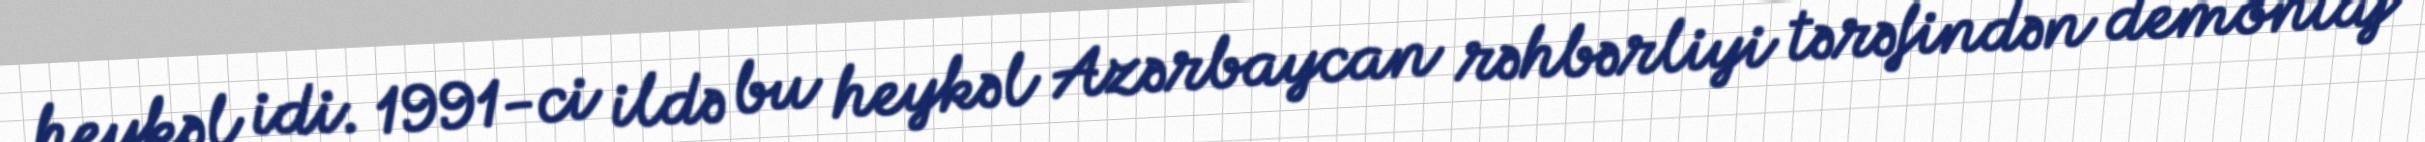
heykəl idi. 1991-ci ildə bu heykəl Azərbaycan rəhbərliyi tərəfindən demontaj